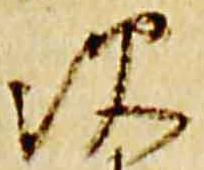
次